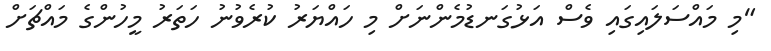
"މި މައްސަލައިގައި ވެސް އަޅުގަނޑުމެންނަށް މި ހައްޔަރު ކުރެވުނު ހަތަރު މީހުންގެ މައްޗަށް